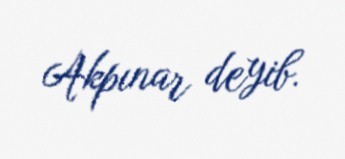
Akpınar deyib.